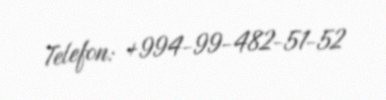
Telefon: +994-99-482-51-52